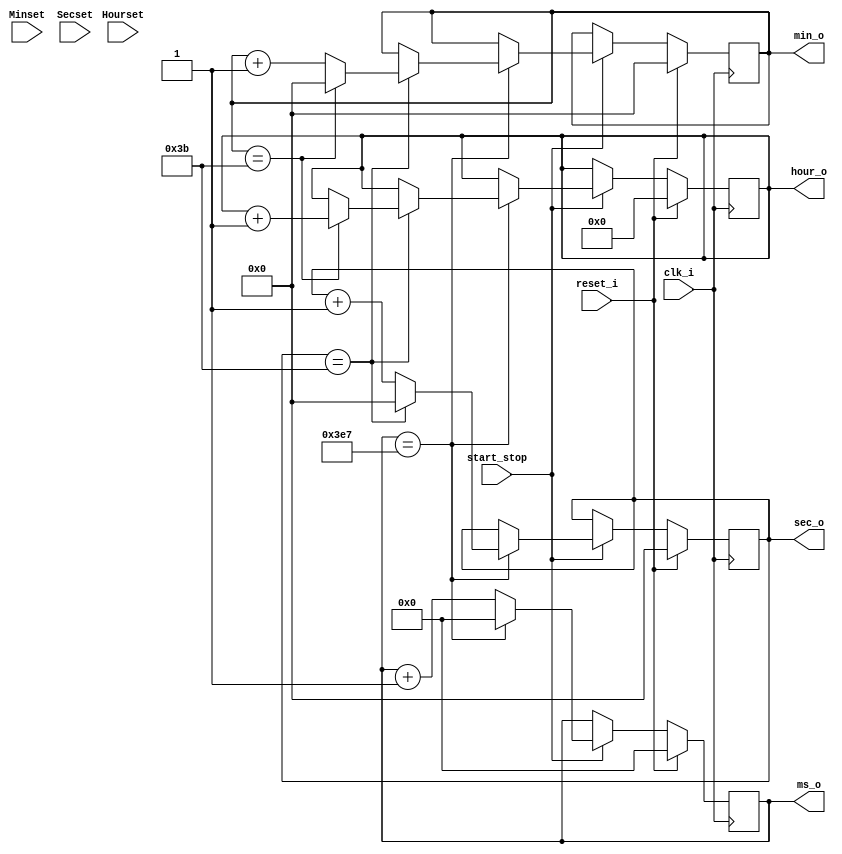
`timescale 1ns / 1ps
//////////////////////////////////////////////////////////////////////////////////
// Company: 
// Engineer: 
// 
// Design Name: 
// Module Name: stopwatch_ms_1
// Project Name: 
// Target Devices: 
// Tool Versions: 
// Description: 
// 
// Dependencies: 
// 
// Revision:
// Revision 0.01 - File Created
// Additional Comments:
// 
//////////////////////////////////////////////////////////////////////////////////


module stopwatch_ms_1(
    input clk_i, reset_i,start_stop,
    input [4:0] Hourset,
    input [5:0] Minset,
    input [5:0] Secset,
    //input [9:0] Msset,
    output reg [5:0] sec_o,
    output reg [5:0] min_o,
    output reg [4:0] hour_o,
    output reg [9:0] ms_o //counting till 999
                 );
      //reg var_1 = 0;
            
  always @ (posedge clk_i) begin 
    if (start_stop == 1'b1)begin
        ms_o <= ms_o + 1;
                if (ms_o == 999) begin
                 ms_o <= 0;
                 sec_o <= sec_o + 1;
                    if (sec_o == 59) begin //&& ms_o==999begin 
                        min_o <= min_o + 1;
                        sec_o <= 0;
                            if (min_o == 59) begin //&& ms_o==999 begin
                                hour_o <= hour_o + 1;
                                 min_o <= 0;
                             end
                    end
                end
     end 
     if (reset_i == 1'b1) begin
            hour_o <= 0;
            min_o <= 0;
            sec_o <= 0;
            ms_o <=  0; 
      end
   end
     
endmodule